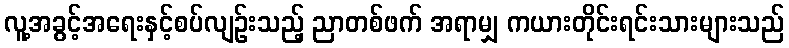
လူ့အခွင့်အရေးနှင့်စပ်လျဉ်းသည့် ညာတစ်ဖက် အရာမျှ ကယားတိုင်းရင်းသားများသည်